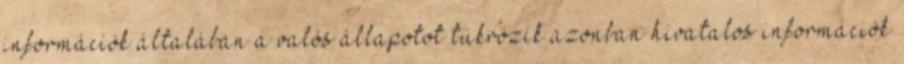
információk általában a valós állapotot tükrözik azonban hivatalos információk